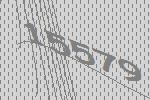
15579